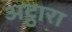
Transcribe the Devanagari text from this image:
अट्ठारा